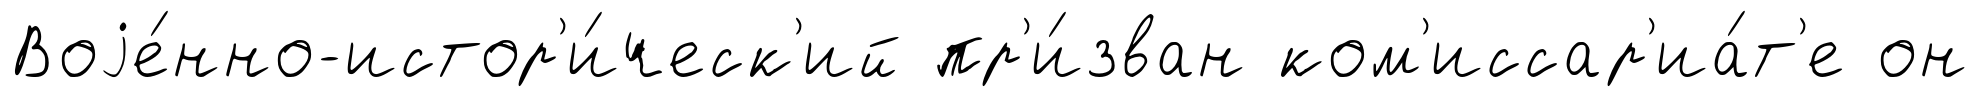
Воjе́нно-истор'и́ческ'ий пр'и́зван ком'иссар'иа́т'е он